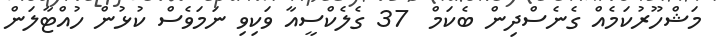
މަޝްހޫރުކަމެއް ގެނެސްދިން ބެކަމް  37 ގެލެކްސީއާ ވަކިވި ނަމަވެސް ކުޅުން ހުއްޓާލަން